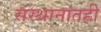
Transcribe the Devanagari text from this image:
संस्थानांतही